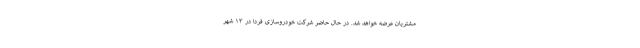
مشتریان عرضه خواهد شد. در حال حاضر شرکت خودروسازی فردا در ۱۳ شهر